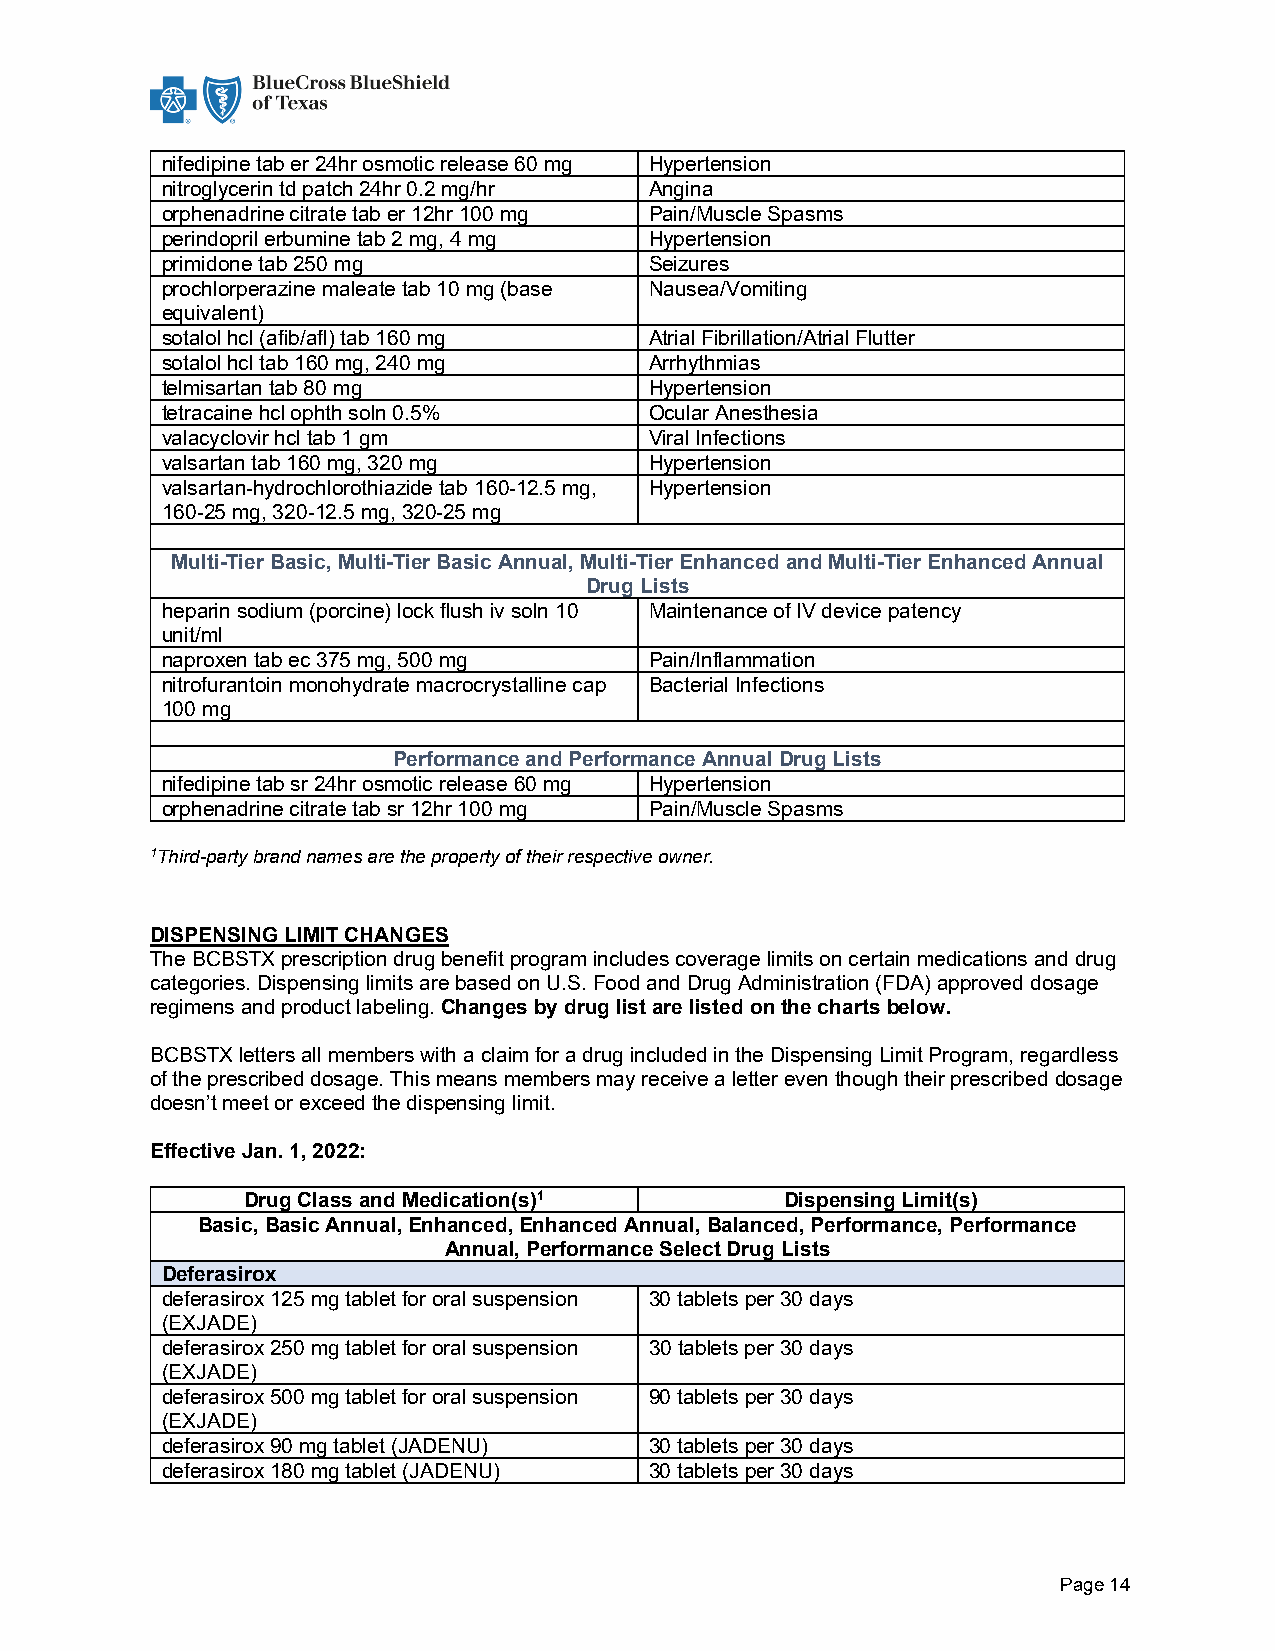
nifedipine tab er 24hr osmotic release 60 mg Hypertension
 nitroglycerin td patch 24hr 0.2 mg/hr Angina
 orphenadrine citrate tab er 12hr 100 mg Pain/Muscle Spasms
 perindopril erbumine tab 2 mg, 4 mg Hypertension
 primidone tab 250 mg            Seizures
 prochlorperazine maleate tab 10 mg (base Nausea/Vomiting
 equivalent)
 sotalol hcl (afib/afl) tab 160 mg Atrial Fibrillation/Atrial Flutter
 sotalol hcl tab 160 mg, 240 mg  Arrhythmias
 telmisartan tab 80 mg           Hypertension
 tetracaine hcl ophth soln 0.5%  Ocular Anesthesia
 valacyclovir hcl tab 1 gm       Viral Infections
 valsartan tab 160 mg, 320 mg    Hypertension
 valsartan-hydrochlorothiazide tab 160-12.5 mg, Hypertension
 160-25 mg, 320-12.5 mg, 320-25 mg
 Multi-Tier Basic, Multi-Tier Basic Annual, Multi-Tier Enhanced and Multi-Tier Enhanced Annual
 Drug Lists
 heparin sodium (porcine) lock flush iv soln 10 Maintenance of IV device patency
 unit/ml
 naproxen tab ec 375 mg, 500 mg  Pain/Inflammation
 nitrofurantoin monohydrate macrocrystalline cap Bacterial Infections
 100 mg
 Performance and Performance Annual Drug Lists
 nifedipine tab sr 24hr osmotic release 60 mg Hypertension
 orphenadrine citrate tab sr 12hr 100 mg Pain/Muscle Spasms
 1Third-party brand names are the property of their respective owner.
 DISPENSING LIMIT CHANGES
 The BCBSTX prescription drug benefit program includes coverage limits on certain medications and drug
 categories. Dispensing limits are based on U.S. Food and Drug Administration (FDA) approved dosage
 regimens and product labeling. Changes by drug list are listed on the charts below.
 BCBSTX letters all members with a claim for a drug included in the Dispensing Limit Program, regardless
 of the prescribed dosage. This means members may receive a letter even though their prescribed dosage
 doesn’t meet or exceed the dispensing limit.
 Effective Jan. 1, 2022:
 Drug Class and Medication(s)1       Dispensing Limit(s)
 Basic, Basic Annual, Enhanced, Enhanced Annual, Balanced, Performance, Performance
 Annual, Performance Select Drug Lists
 Deferasirox
 deferasirox 125 mg tablet for oral suspension 30 tablets per 30 days
 (EXJADE)
 deferasirox 250 mg tablet for oral suspension 30 tablets per 30 days
 (EXJADE)
 deferasirox 500 mg tablet for oral suspension 90 tablets per 30 days
 (EXJADE)
 deferasirox 90 mg tablet (JADENU) 30 tablets per 30 days
 deferasirox 180 mg tablet (JADENU) 30 tablets per 30 days
 Page 14